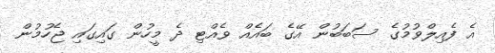
އެ ފެއިލްވުމުގެ ސަބަބުން އޭގެ ބައެއް ވެއްޓި ދެ މީހުން ގައިގައި ޖެހުމުން